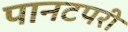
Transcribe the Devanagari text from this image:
पानटपरी